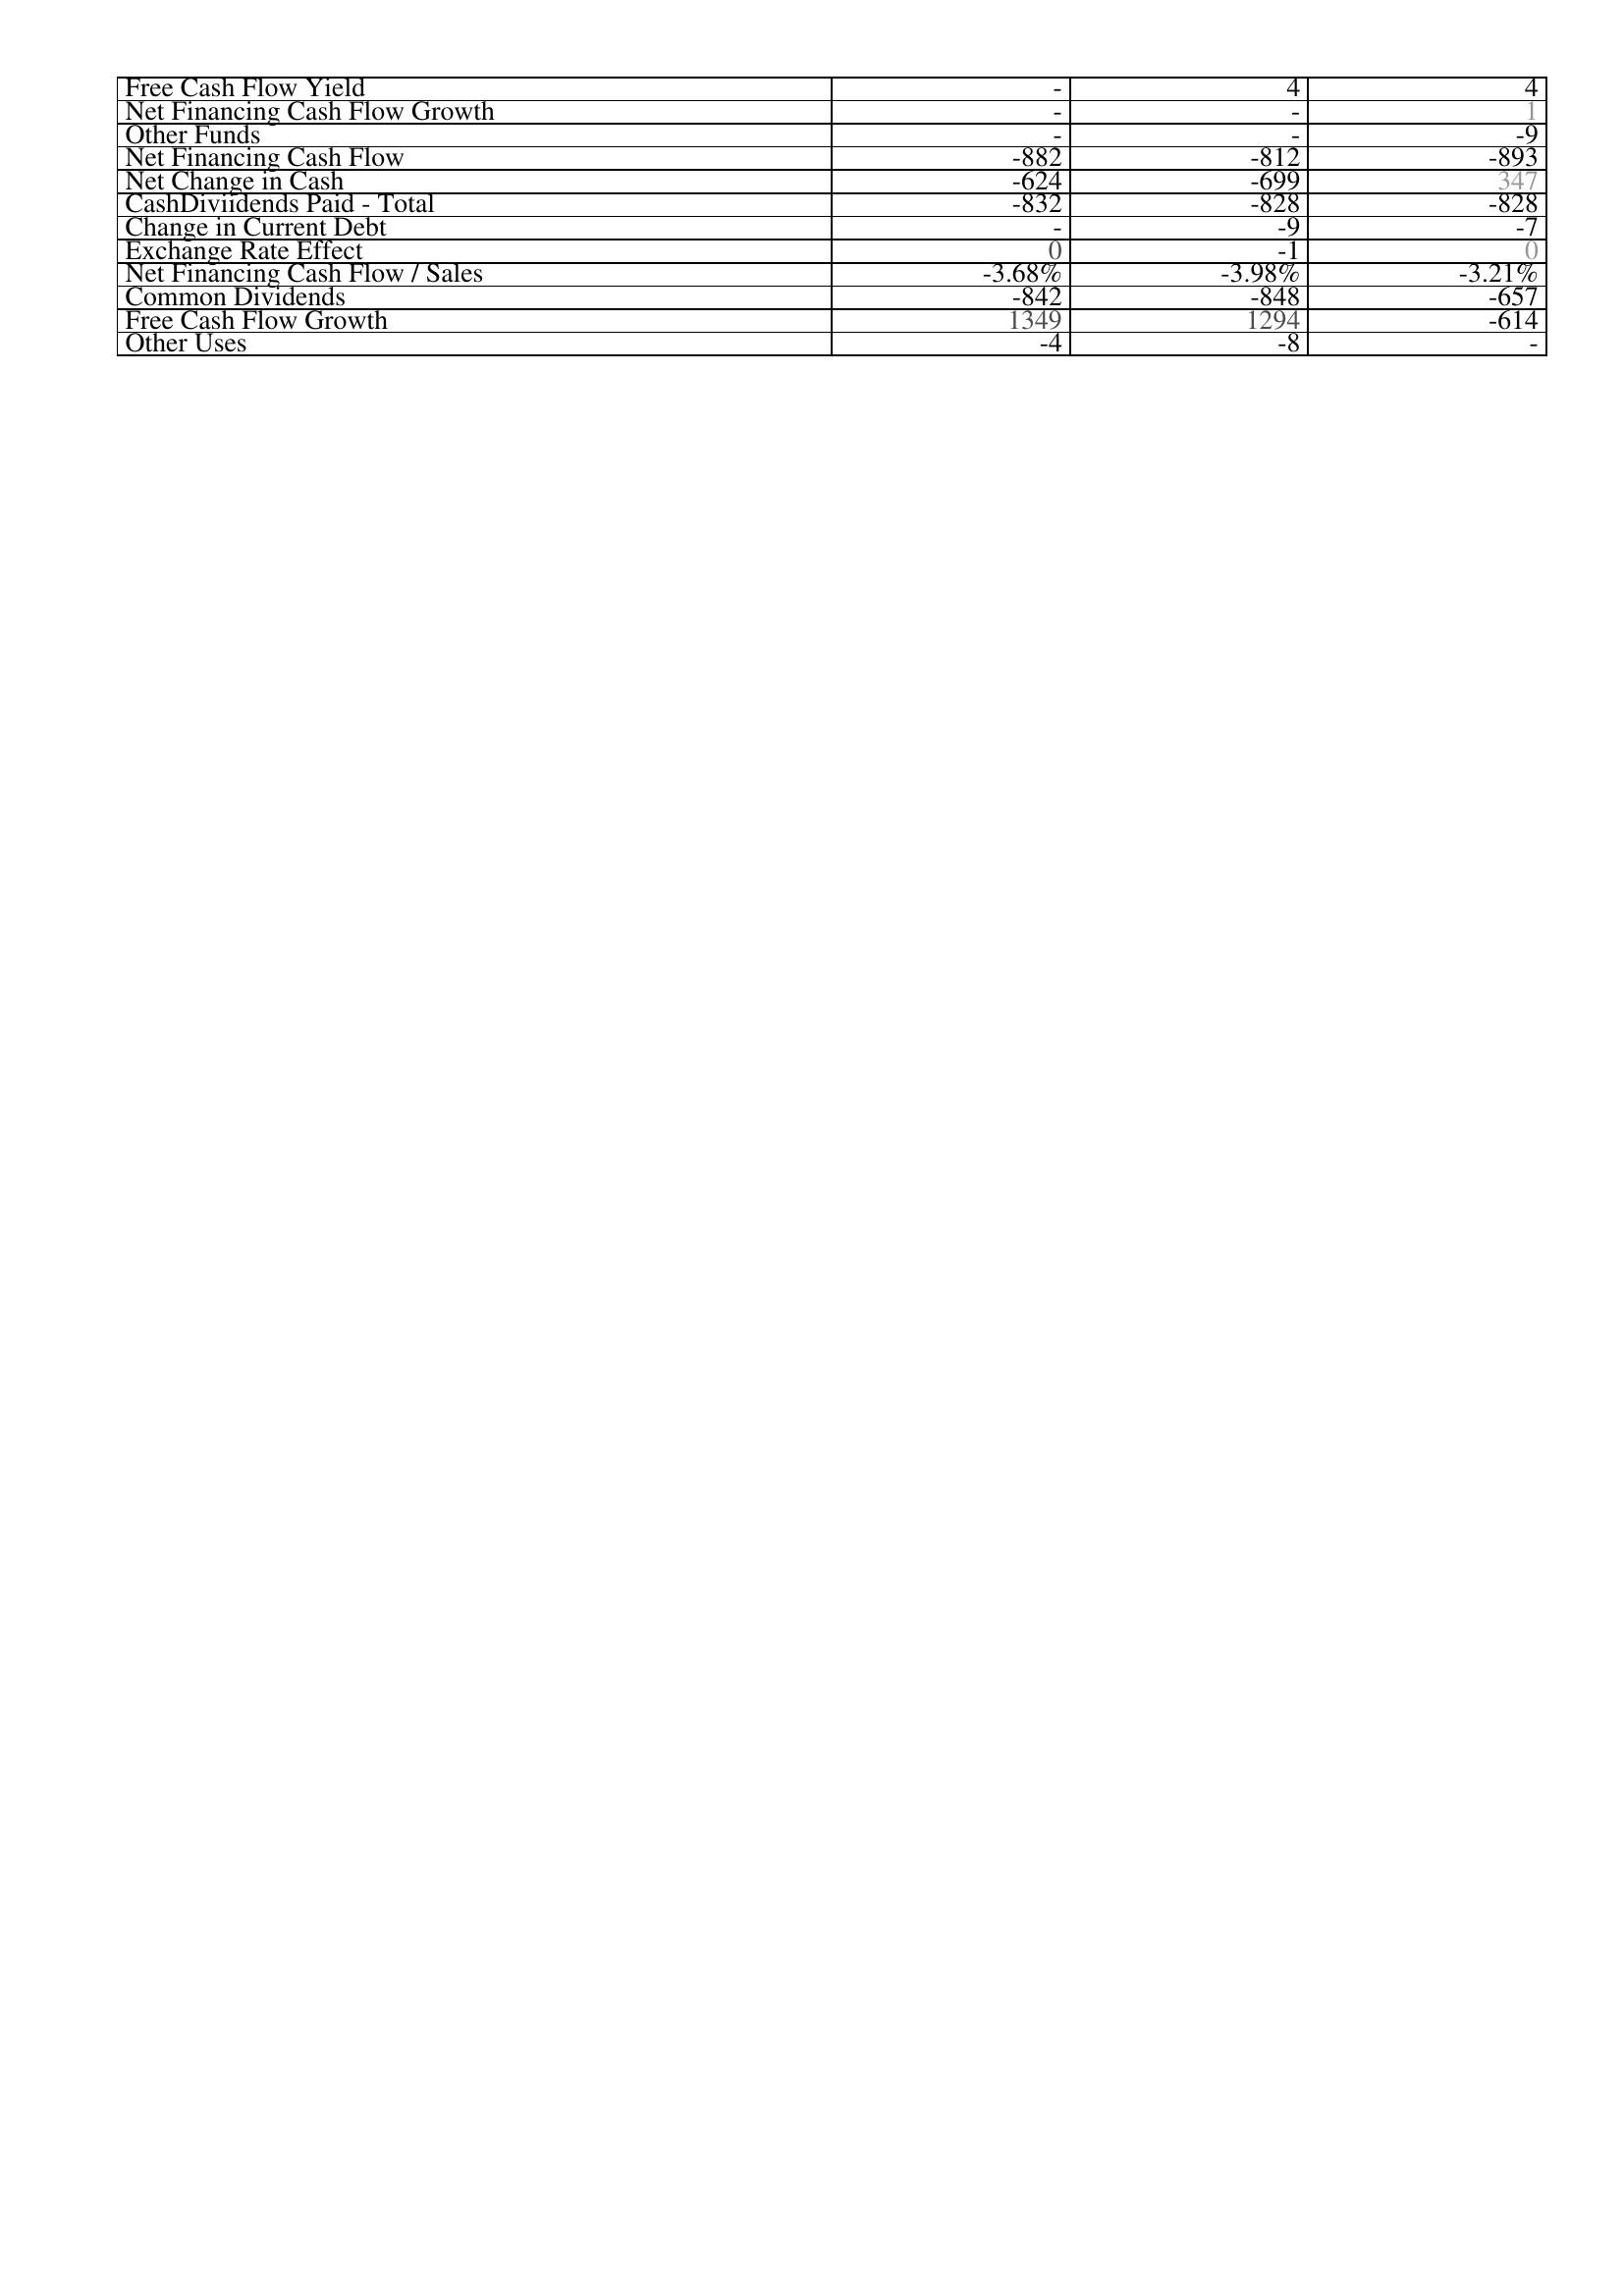
2014: Financing Activities: Free Cash Flow Yield: -
Net Financing Cash Flow Growth: -
Other Funds: -
Net Financing Cash Flow: -882
Net Change in Cash: -624
CashDiviidends Paid - Total: -832
Change in Current Debt: -
Exchange Rate Effect: 0
Net Financing Cash Flow / Sales: -3.68%
Common Dividends: -842
Free Cash Flow Growth: 1349
Other Uses: -4
2013: Financing Activities: Free Cash Flow Yield: 4
Net Financing Cash Flow Growth: -
Other Funds: -
Net Financing Cash Flow: -812
Net Change in Cash: -699
CashDiviidends Paid - Total: -828
Change in Current Debt: -9
Exchange Rate Effect: -1
Net Financing Cash Flow / Sales: -3.98%
Common Dividends: -848
Free Cash Flow Growth: 1294
Other Uses: -8
2012: Financing Activities: Free Cash Flow Yield: 4
Net Financing Cash Flow Growth: 1
Other Funds: -9
Net Financing Cash Flow: -893
Net Change in Cash: 347
CashDiviidends Paid - Total: -828
Change in Current Debt: -7
Exchange Rate Effect: 0
Net Financing Cash Flow / Sales: -3.21%
Common Dividends: -657
Free Cash Flow Growth: -614
Other Uses: -